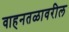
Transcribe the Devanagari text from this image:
वाहनतळावरील